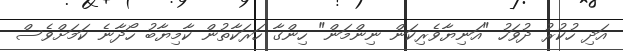
އަދި ހުކުރު ދުވަހު "އަނިޔާވެރިކަން ނިންމަން" ހިންގާ ހަރަކާތުން ކާމިޔާބު ހޯދާނެ ކަމަށްވެސް